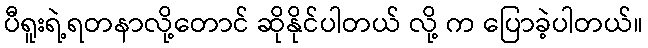
ပီရူးရဲ့ရတနာလို့တောင် ဆိုနိုင်ပါတယ် လို့ က ပြောခဲ့ပါတယ်။